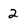
Character: 2